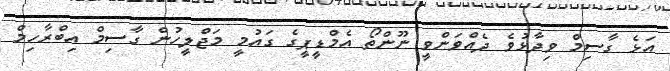
އަޅެ ގާސިމް ވިދާޅުވެ ދެއްވަންވީ ނޫންތޯ އެމްޑީޕީގެ ގައުމީ މަޖްލީހުން ގާސިމް އިބްރާހިމް